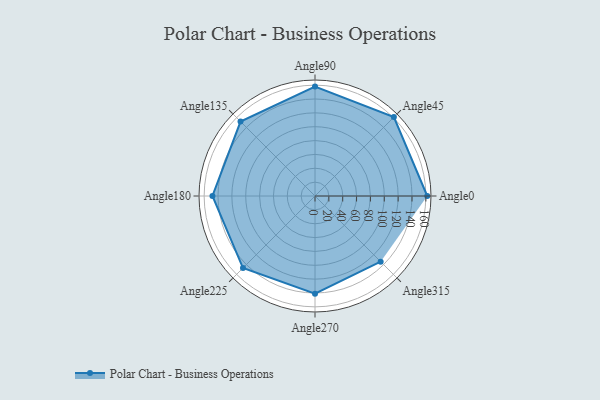
{"axis": {"x": "Angle", "y": "Radius"}, "legend": [""], "data": [{"x": "Angle0", "y": 162.0, "type": ""}, {"x": "Angle45", "y": 161.0, "type": ""}, {"x": "Angle90", "y": 158.0, "type": ""}, {"x": "Angle135", "y": 152.0, "type": ""}, {"x": "Angle180", "y": 148.0, "type": ""}, {"x": "Angle225", "y": 147.0, "type": ""}, {"x": "Angle270", "y": 141.0, "type": ""}, {"x": "Angle315", "y": 134.0, "type": ""}]}